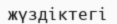
жүздіктегі